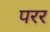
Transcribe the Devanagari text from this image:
परर